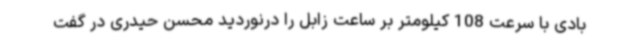
بادی با سرعت 108 کیلومتر بر ساعت زابل را درنوردید محسن حیدری در گفت